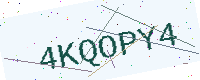
Text: 4KQOPY4